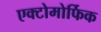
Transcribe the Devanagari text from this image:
एक्टोमोर्फिक